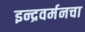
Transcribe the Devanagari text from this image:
इन्द्रवर्मनचा